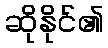
ဆိုနိုင်၏